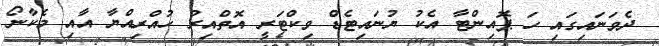
ދެވަނައިގައި ހަ ޕޮއިންޓާ އެކު ޔުނައިޓެޑް ވިކްޓަރީ އޮތްއިރު ހުއްރިއްޔާ އާއި މެކާނޯ